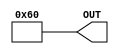
module U2 (OUT);
   parameter VALUE = 96;
   output [9:0] OUT;
   assign	OUT = VALUE;
endmodule